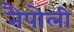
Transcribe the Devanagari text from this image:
नैपोली